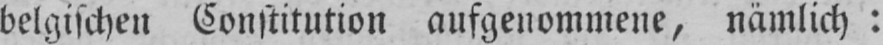
belgischen Constitution aufgenommene, nämlich: